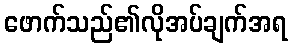
ဖောက်သည်၏လိုအပ်ချက်အရ